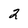
Character: 2